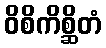
ဝိစိကိစ္ဆိတံ